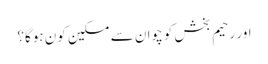
اور رحیم بخش کو چوان سے مسکین کون ہوگا؟